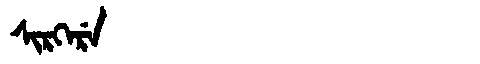
Manchu: ᠰᡳᡵᡴᡝᡵᡝ
Romanization: SIRKERE